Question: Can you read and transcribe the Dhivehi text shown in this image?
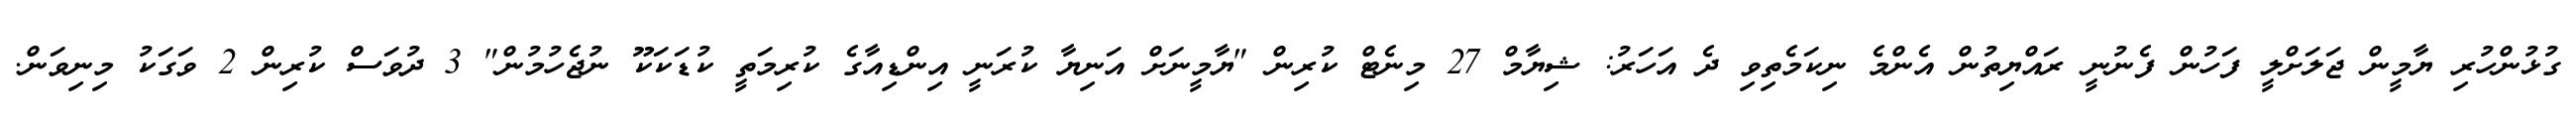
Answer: ގުޅުންހުރި ޔާމީން ޖަލަށްލީ ފަހުން ފެނުނީ ރައްޔިތުން އެންމެ ނިކަމެތިވި ދެ އަހަރު: ޝިޔާމް 27 މިނެޓް ކުރިން "ޔާމީނަށް އަނިޔާ ކުރަނީ އިންޑިއާގެ ކުރިމަތީ ކުޑަކަކޫ ނުޖެހުމުން" 3 ދުވަސް ކުރިން 2 ވަގަކު މިނިވަން.